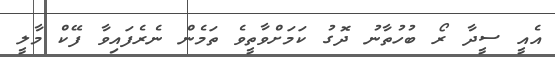
އެއީ ސީދާ ރޯ ބުހުތާނު ދޮގު ކަމަށްވާތީވެ ތަމެން ނެރެފައިވާ ފޭކް މާލީ